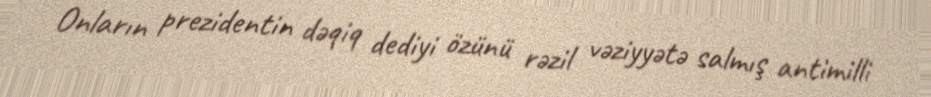
Onların prezidentin dəqiq dediyi özünü rəzil vəziyyətə salmış antimilli